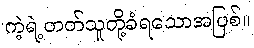
ကဲ့ရဲ့တတ်သူတို့ခံရသောအပြစ်။